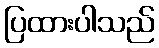
ပြထားပါသည်